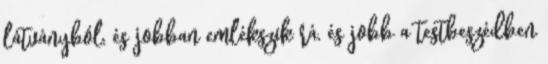
látványból, és jobban emlékszik rá, és jobb a testbeszédben